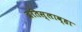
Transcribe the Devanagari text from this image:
ब्रतिस्लाव्हा